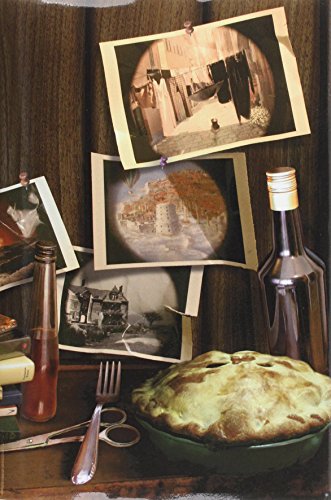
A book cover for The Smell of Telescopes; Rhys Hughes; Science & Math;